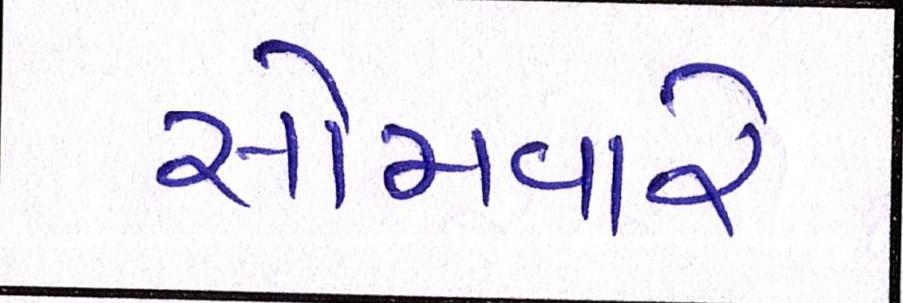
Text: સોમવારે